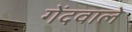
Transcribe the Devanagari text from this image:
गेंदवाले